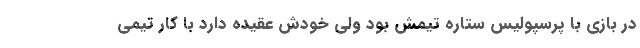
در بازی با پرسپولیس ستاره تیمش بود ولی خودش عقیده دارد با کار تیمی